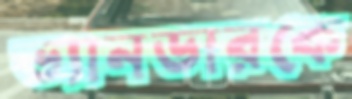
ভ্যানডারকে